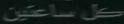
سلّم ساعدین